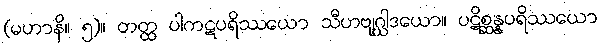
(မဟာနိ။ ၅)။ တတ္ထ ပါကဋပရိဿယော သီဟဗျဂ္ဃါဒယော။ ပဋိစ္ဆန္နပရိဿယော